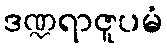
ဒဏ္ဍရာဇူပမံ